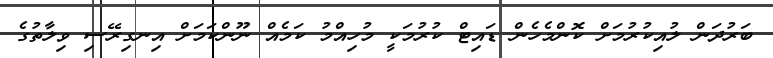
ބަރުދަން ލުއިކުރުމަށް ކޮންމެހެން ޑައިޓް ކުރުމަކީ މުހިއްމު ކަމެއް ނޫންކަމަށް އިނގިރޭސި ވިލާތުގެ